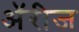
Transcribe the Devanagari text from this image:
ॲरीज